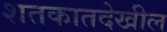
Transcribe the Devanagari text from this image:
शतकातदेखील